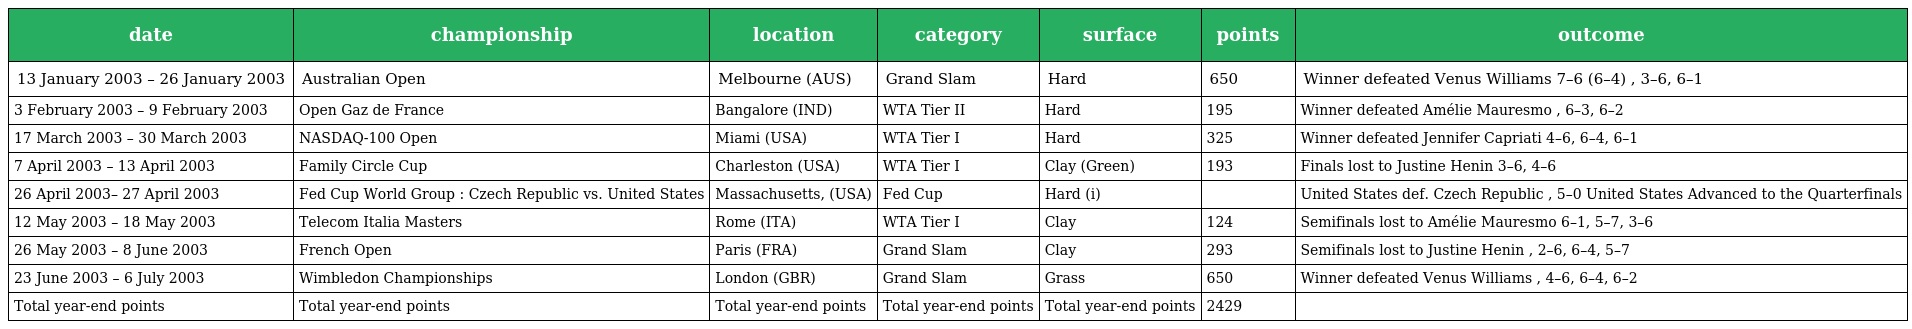
| date | championship | location | category | surface | points | outcome |
 | --- | --- | --- | --- | --- | --- | --- |
 | 13 January 2003 – 26 January 2003 | Australian Open | Melbourne (AUS) | Grand Slam | Hard | 650 | Winner defeated Venus Williams 7–6 (6–4) , 3–6, 6–1 |
 | 3 February 2003 – 9 February 2003 | Open Gaz de France | Bangalore (IND) | WTA Tier II | Hard | 195 | Winner defeated Amélie Mauresmo , 6–3, 6–2 |
 | 17 March 2003 – 30 March 2003 | NASDAQ-100 Open | Miami (USA) | WTA Tier I | Hard | 325 | Winner defeated Jennifer Capriati 4–6, 6–4, 6–1 |
 | 7 April 2003 – 13 April 2003 | Family Circle Cup | Charleston (USA) | WTA Tier I | Clay (Green) | 193 | Finals lost to Justine Henin 3–6, 4–6 |
 | 26 April 2003– 27 April 2003 | Fed Cup World Group : Czech Republic vs. United States | Massachusetts, (USA) | Fed Cup | Hard (i) |  | United States def. Czech Republic , 5–0 United States Advanced to the Quarterfinals |
 | 12 May 2003 – 18 May 2003 | Telecom Italia Masters | Rome (ITA) | WTA Tier I | Clay | 124 | Semifinals lost to Amélie Mauresmo 6–1, 5–7, 3–6 |
 | 26 May 2003 – 8 June 2003 | French Open | Paris (FRA) | Grand Slam | Clay | 293 | Semifinals lost to Justine Henin , 2–6, 6–4, 5–7 |
 | 23 June 2003 – 6 July 2003 | Wimbledon Championships | London (GBR) | Grand Slam | Grass | 650 | Winner defeated Venus Williams , 4–6, 6–4, 6–2 |
 | Total year-end points | Total year-end points | Total year-end points | Total year-end points | Total year-end points | 2429 |  |